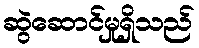
ဆွဲဆောင်မှုရှိသည်